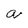
Character: a